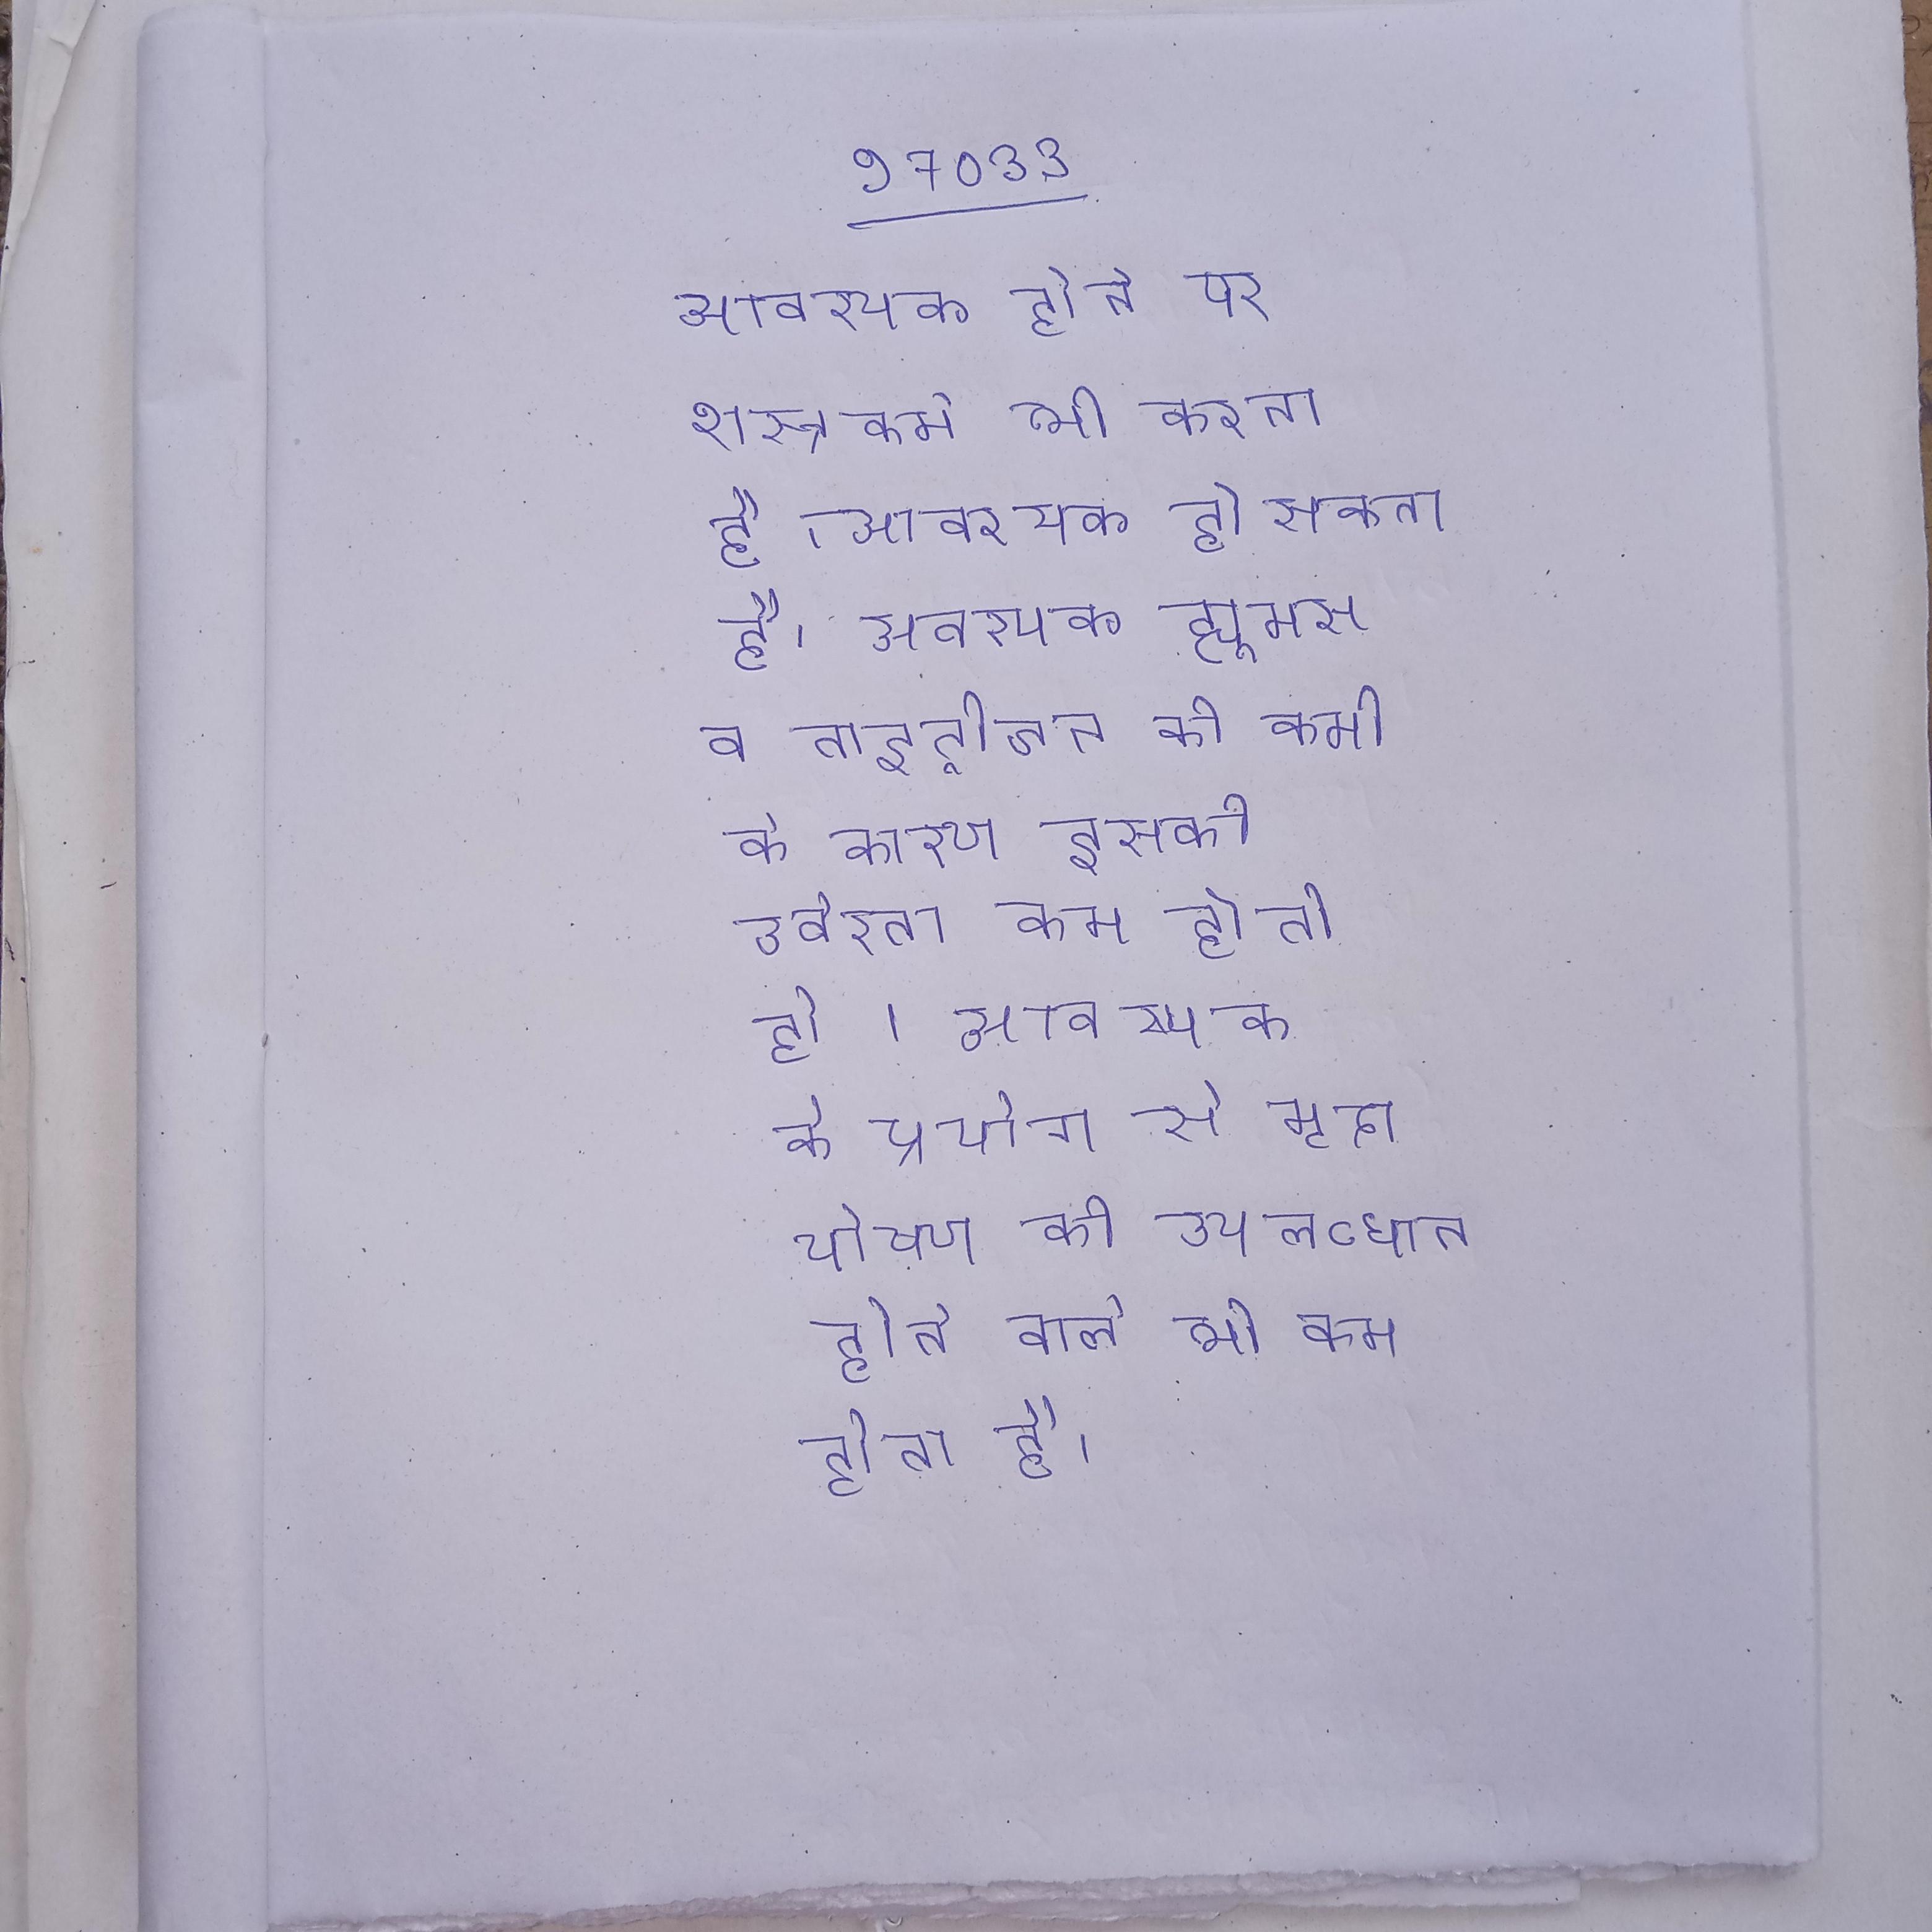
आवश्यक होने पर शस्त्रकर्म भी करना है । आवश्यक हो सकता है । आवश्यक ह्यूमस व नाइट्रोजन की कमी के कारण इसकी उर्वरता कम होती है । आवष्यक के प्रयोग से मृदा पोषण की उपलब्धता होने वाले भी कम होता है ।